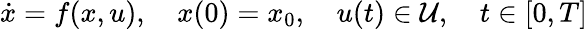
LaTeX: {\dot{x}}=f(x,u),\quad x(0)=x_{0},\quad u(t)\in{\mathcal{U}},\quad t\in[0,T]